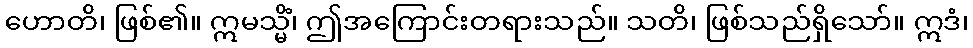
ဟောတိ၊ ဖြစ်၏။ ဣမသ္မိံ၊ ဤအကြောင်းတရားသည်။ သတိ၊ ဖြစ်သည်ရှိသော်။ ဣဒံ၊